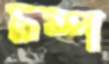
চম্প